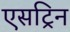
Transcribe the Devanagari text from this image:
एसट्रिन